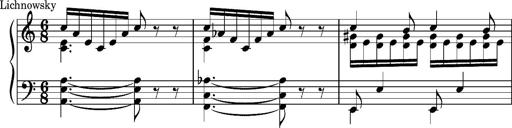
Title: Album-Leaf 'Serenade'
Composer: Franz Liszt
Key: A minor